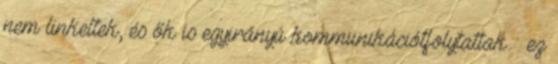
nem linkeltek, és ők is egyirányú kommunikációtfolytattak — ez